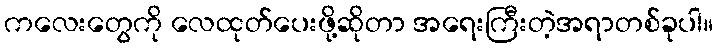
ကလေးတွေကို လေထုတ်ပေးဖို့ဆိုတာ အရေးကြီးတဲ့အရာတစ်ခုပါ။